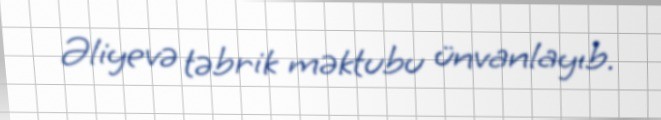
Əliyevə təbrik məktubu ünvanlayıb.